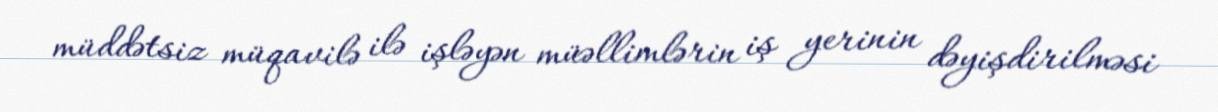
müddətsiz müqavilə ilə işləyən müəllimlərin iş yerinin dəyişdirilməsi